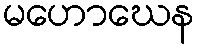
မဟောဃေန